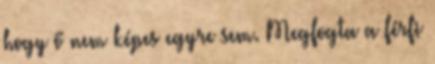
hogy ő nem képes egyre sem. Megfogta a férfi